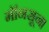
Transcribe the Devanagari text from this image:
मॉनसून।